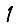
Digit: 1